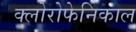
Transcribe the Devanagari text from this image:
क्लोरोफेनिकाल